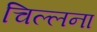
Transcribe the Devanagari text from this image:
चिल्लना